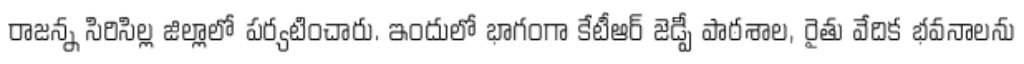
రాజన్న సిరిసిల్ల జిల్లాలో పర్యటించారు. ఇందులో భాగంగా కేటీఆర్ జెడ్పీ పాఠశాల, రైతు వేదిక భవనాలను